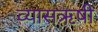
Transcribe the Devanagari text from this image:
व्यासऋषी